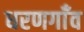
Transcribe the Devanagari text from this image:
धरणगाँव